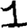
Digit: 1